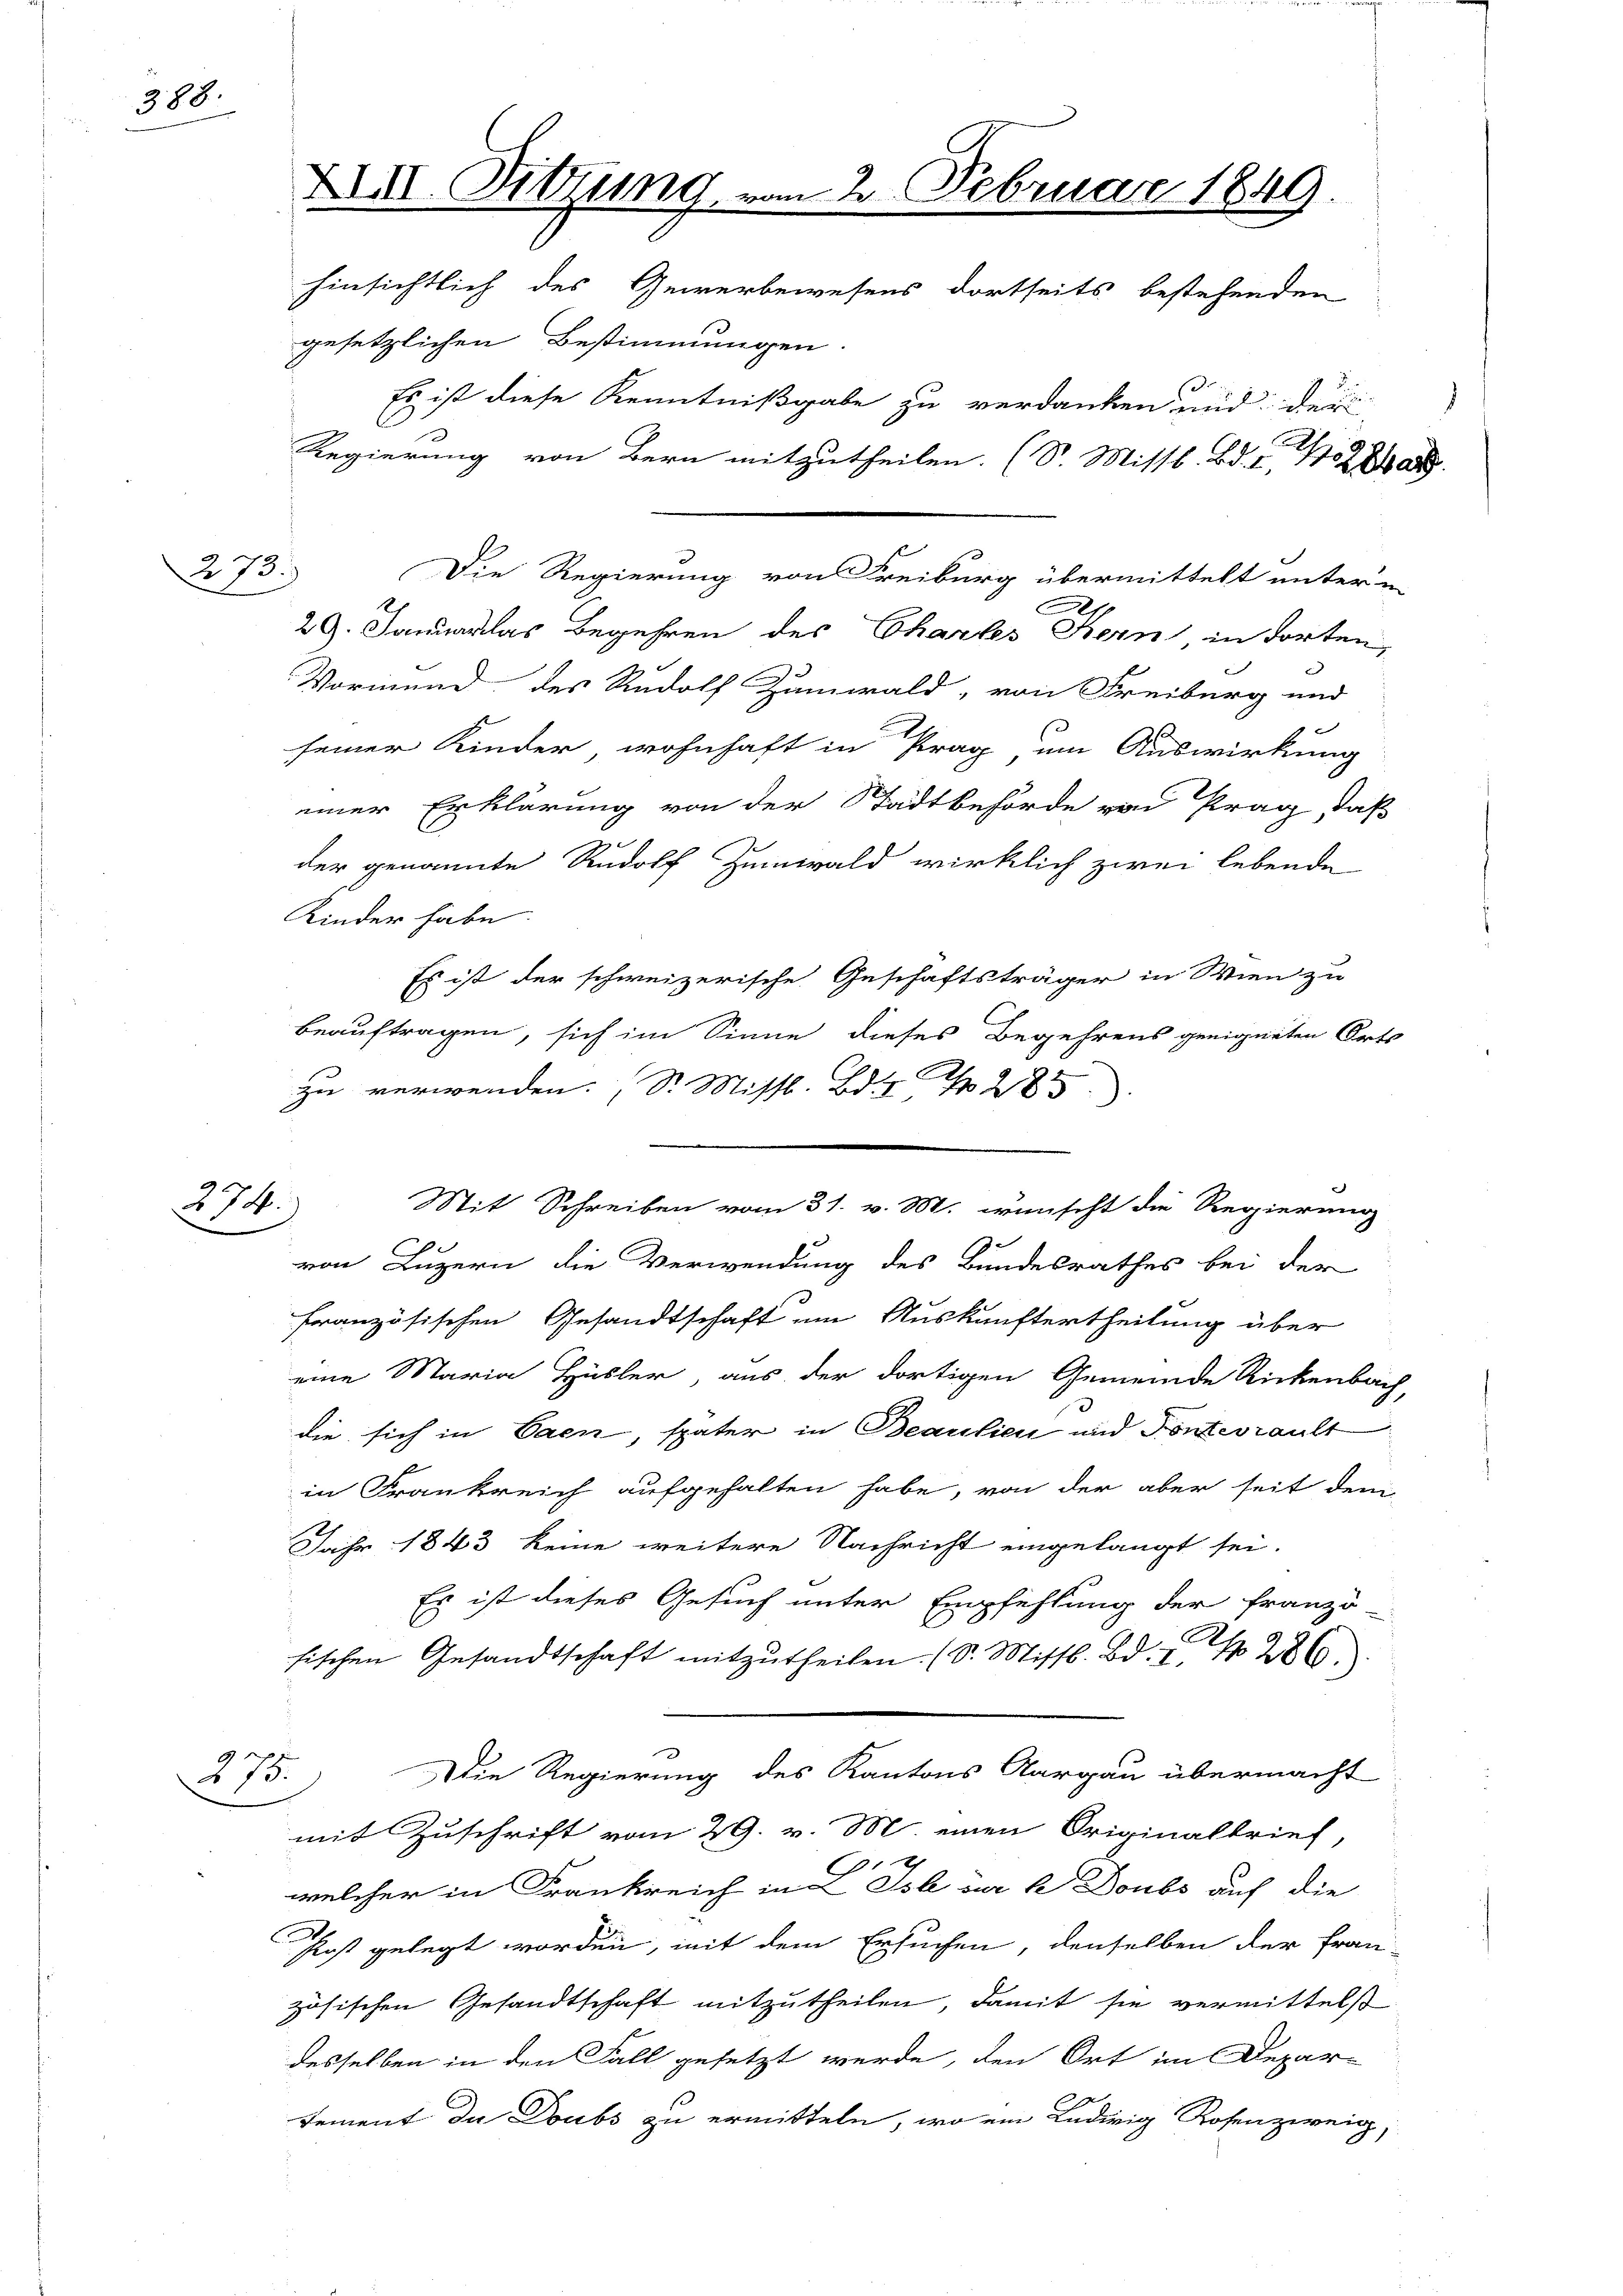
388.

273.)

274.

375.

XII. Sitzung, vom 2. Februar 1849.
hinsichtlich des Gewerbewesens dortseits bestehenden
gesetzlichen Bestimmungen.

Es ist diese Kenntnißgabe zu verdanken und der
Regierung von Bern mitzutheilen. (S. Mittl. Bd. I, Ba

29. Januar las Begehren des Chartes Bern in dorten,
Vormund des Rudolf Zumwald, von Freiburg und
seiner Kinder, wohnhaft in Prag um Auswirkung
einer Erklärung von der Stadtbehörde von Prag, daß
.
der genannte Rudolf Zumwald wirklich zwei lebende
Kinder habe
Es ist der schweizerische Geschäftsträger in Wien zu
beauftragen, sich im Sinne dieses Begehrens geeigneten Orts
zu verwenden. Sr. Missl. Bd. No 285
von Luzern die Verwendung des Bundesrathes bei der
französischen Gesandtschaft im Auskunftertheilung über
eine Maria Hüsler, aus der dortigen Gemeinde Rickenbach,
die sich in Caen, später in Beaulien und Pontevrault
in Frankreich aufgehalten habe, von der aber seit dem
Jahr 1843 keine weitere Nachricht eingelangt sei.
Es ist dieses Gesuch unter Empfehlung der Franzö-
sischen Gesandtschaft mitzŭtheilen. (S. Missl. Bd. I, No 286.
d
Die Regierung des Kantons Aargau übermacht
mit Zuschrift vom 29. v. M. einen Originalbrief,
welcher in Frankreich in L. Ist in 2 Doubs auf die
Post gelegt worden, mit dem Ersuchen, denselben der fran-
zösischen Gesandtschaft mitzutheilen, damit sie vermittelst
desselben in den Fall gesetzt werde, den Ort im Depar-
Dement de Doubs zu ermitteln, wo ein Ludwig Rosen zweig

Die Regierung von Freiburg übermittelt unter u

Mit Schreiben vom 31. v. M. wünscht die Regierung